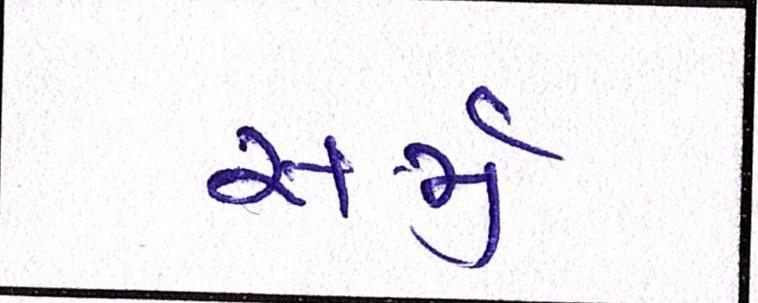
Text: સર્જી